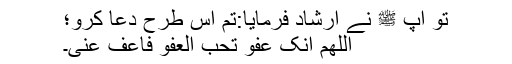
تو آپ ﷺ نے ارشاد فرمایا:تم اس طرح دعا کرو؛
اَللّٰھُمَّ اِنَّکَ عَفُوٌّ تُحِبُّ الْعَفْوَ فَاَعْفُ عَنِّی۔